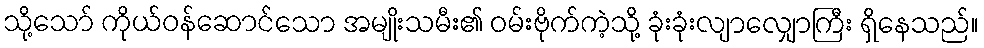
သို့သော် ကိုယ်ဝန်ဆောင်သော အမျိုးသမီး၏ ဝမ်းဗိုက်ကဲ့သို့ ခုံးခုံးလျာလျှောကြီး ရှိနေသည်။